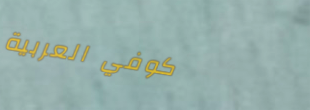
كوفي العربية